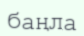
баңла